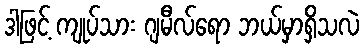
ဒါဖြင့် ကျုပ်သား ဂျမီလ်ရော ဘယ်မှာရှိသလဲ